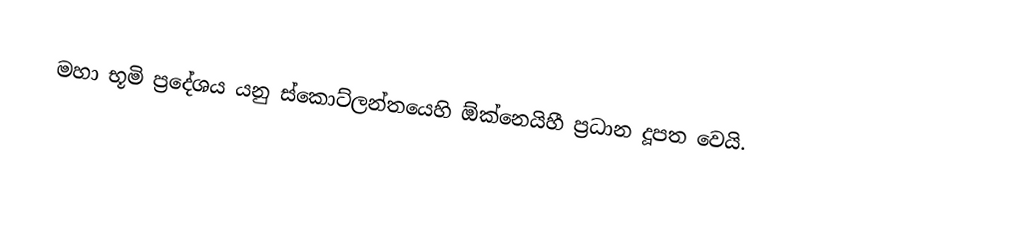
මහා භූමි ප්‍රදේශය යනු ස්කොට්ලන්තයෙහි  ඕක්නෙයිහී ප්‍රධාන දූපත වෙයි.